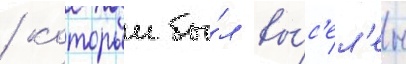
/ которыи бы́л вы́с'ел'ен